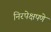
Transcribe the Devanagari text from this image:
निरपेक्षपणे